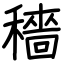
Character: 穡